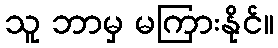
သူ ဘာမှ မကြားနိုင်။